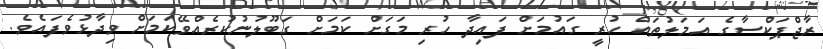
ރާޖްޕަކްސާގެ އަމަލުތައް ހުރީ ގައުމަށް ފައިދާ ހުރި މަގަށް ކަމަށް ގަބޫލުނުކުރެއްވޭކަމަށް ވިދާޅުވެފައެވެ.